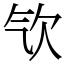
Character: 㰟